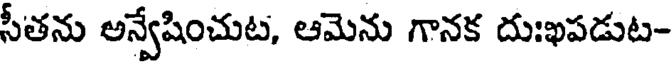
సీతను అన్వేషించుట, ఆమెను గానక దుఃఖపడుట-